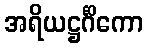
အရိယဋ္ဌင်္ဂိကော